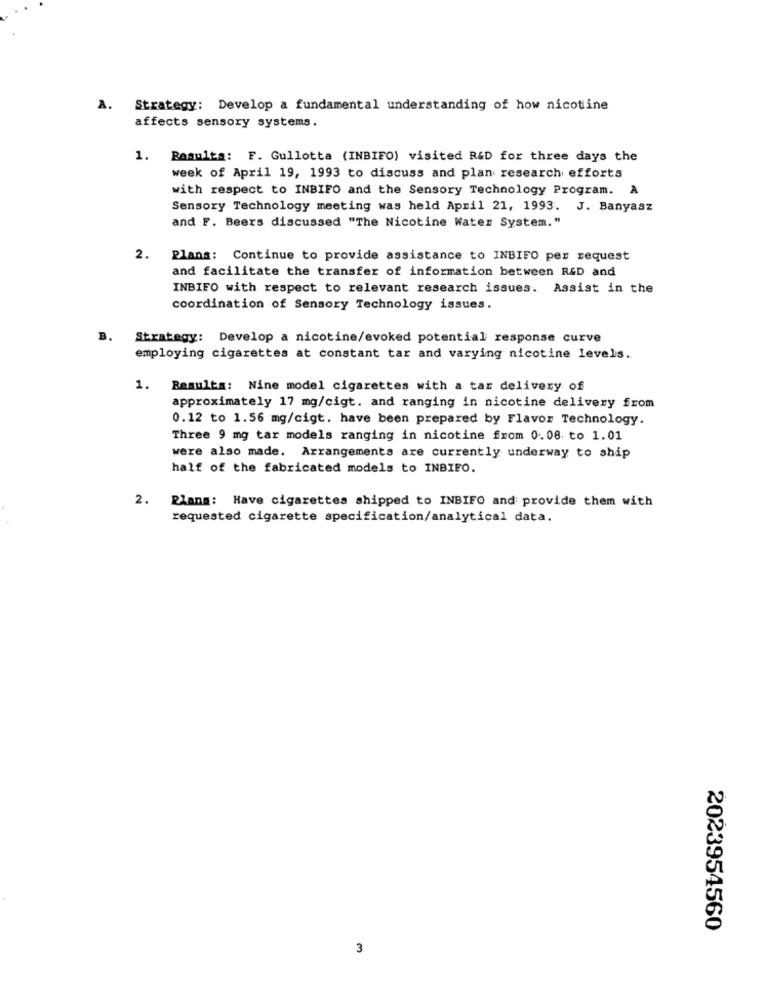
. Strategy: Develop a fundamental understanding of how nicotine
affects sensory systems.
1. Resulta: F. Gullotta (INBIFO) visited R&D for three days the
week of April 19, 1993 to discuss and plan research efforts
with respect to INBIFO and the Sensory Technology Program. A
Sensory Technology meeting was held April 21, 1993. J. Banyasz
and F. Beers discussed "The Nicotine Water System."
2.
Plans: Continue to provide assistance to INBIFO per request
and facilitate the transfer of information between R&D and
INBIFO with respect to relevant research issues. Assist in the
coordination of Sensory Technology issues.
B.
Strategy: Develop a nicotine/evoked potential response curve
employing cigarettes at constant tar and varying nicotine levels.
1. Results: Nine model cigarettes with a tar delivery of
approximately 17 mg/cigt. and ranging in nicotine delivery from
0.12 to 1.56 mg/cigt. have been prepared by Flavor Technology.
Three 9 mg tar models ranging in nicotine from 0.08 to 1.01
were also made. Arrangements are currently underway to ship
half of the fabricated models to INBIEO.
2.
Plans: Have cigarettes shipped to INBIFO and provide them with
requested cigarette specification/analytical data.
2023954560
3